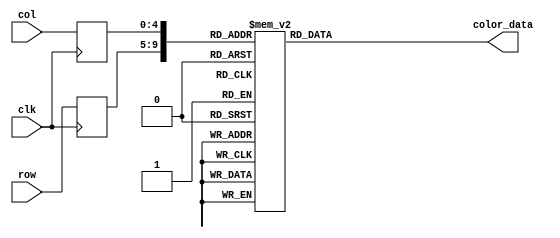
module closedgate_rom
	(
		input wire clk,
		input wire [4:0] row,
		input wire [4:0] col,
		output reg [11:0] color_data
	);

	(* rom_style = "block" *)

	//signal declaration
	reg [4:0] row_reg;
	reg [4:0] col_reg;

	always @(posedge clk)
		begin
		row_reg <= row;
		col_reg <= col;
		end

	always @*
	case ({row_reg, col_reg})
		10'b0000000000: color_data = 12'b000011111111;
		10'b0000000001: color_data = 12'b000011111111;
		10'b0000000010: color_data = 12'b000011111111;
		10'b0000000011: color_data = 12'b000011111111;
		10'b0000000100: color_data = 12'b000011111111;
		10'b0000000101: color_data = 12'b000011111111;
		10'b0000000110: color_data = 12'b000011111111;
		10'b0000000111: color_data = 12'b000011111111;
		10'b0000001000: color_data = 12'b000000000000;
		10'b0000001001: color_data = 12'b000000000000;
		10'b0000001010: color_data = 12'b000000000000;
		10'b0000001011: color_data = 12'b000000000000;
		10'b0000001100: color_data = 12'b000000000000;
		10'b0000001101: color_data = 12'b000000000000;
		10'b0000001110: color_data = 12'b000011111111;
		10'b0000001111: color_data = 12'b000011111111;
		10'b0000010000: color_data = 12'b000011111111;
		10'b0000010001: color_data = 12'b000011111111;
		10'b0000010010: color_data = 12'b000011111111;
		10'b0000010011: color_data = 12'b000011111111;
		10'b0000010100: color_data = 12'b000011111111;
		10'b0000010101: color_data = 12'b000011111111;
		10'b0000100000: color_data = 12'b000011111111;
		10'b0000100001: color_data = 12'b000011111111;
		10'b0000100010: color_data = 12'b000011111111;
		10'b0000100011: color_data = 12'b000011111111;
		10'b0000100100: color_data = 12'b000011111111;
		10'b0000100101: color_data = 12'b000011111111;
		10'b0000100110: color_data = 12'b000000000000;
		10'b0000100111: color_data = 12'b000000000000;
		10'b0000101000: color_data = 12'b000000000000;
		10'b0000101001: color_data = 12'b111111111111;
		10'b0000101010: color_data = 12'b111111111111;
		10'b0000101011: color_data = 12'b111111111111;
		10'b0000101100: color_data = 12'b111111111111;
		10'b0000101101: color_data = 12'b000000000000;
		10'b0000101110: color_data = 12'b000000000000;
		10'b0000101111: color_data = 12'b000000000000;
		10'b0000110000: color_data = 12'b000011111111;
		10'b0000110001: color_data = 12'b000011111111;
		10'b0000110010: color_data = 12'b000011111111;
		10'b0000110011: color_data = 12'b000011111111;
		10'b0000110100: color_data = 12'b000011111111;
		10'b0000110101: color_data = 12'b000011111111;
		10'b0001000000: color_data = 12'b000011111111;
		10'b0001000001: color_data = 12'b000011111111;
		10'b0001000010: color_data = 12'b000011111111;
		10'b0001000011: color_data = 12'b000011111111;
		10'b0001000100: color_data = 12'b000000000000;
		10'b0001000101: color_data = 12'b000000000000;
		10'b0001000110: color_data = 12'b000000000000;
		10'b0001000111: color_data = 12'b111111111111;
		10'b0001001000: color_data = 12'b111111111111;
		10'b0001001001: color_data = 12'b111111111111;
		10'b0001001010: color_data = 12'b111111111111;
		10'b0001001011: color_data = 12'b111111111111;
		10'b0001001100: color_data = 12'b111111111111;
		10'b0001001101: color_data = 12'b111111111111;
		10'b0001001110: color_data = 12'b111111111111;
		10'b0001001111: color_data = 12'b000000000000;
		10'b0001010000: color_data = 12'b000000000000;
		10'b0001010001: color_data = 12'b000000000000;
		10'b0001010010: color_data = 12'b000011111111;
		10'b0001010011: color_data = 12'b000011111111;
		10'b0001010100: color_data = 12'b000011111111;
		10'b0001010101: color_data = 12'b000011111111;
		10'b0001100000: color_data = 12'b000011111111;
		10'b0001100001: color_data = 12'b000011111111;
		10'b0001100010: color_data = 12'b000011111111;
		10'b0001100011: color_data = 12'b000000000000;
		10'b0001100100: color_data = 12'b000000000000;
		10'b0001100101: color_data = 12'b111111111111;
		10'b0001100110: color_data = 12'b111111111111;
		10'b0001100111: color_data = 12'b111111111111;
		10'b0001101000: color_data = 12'b111111111111;
		10'b0001101001: color_data = 12'b000000000000;
		10'b0001101010: color_data = 12'b000000000000;
		10'b0001101011: color_data = 12'b000000000000;
		10'b0001101100: color_data = 12'b000000000000;
		10'b0001101101: color_data = 12'b111111111111;
		10'b0001101110: color_data = 12'b111111111111;
		10'b0001101111: color_data = 12'b111111111111;
		10'b0001110000: color_data = 12'b111111111111;
		10'b0001110001: color_data = 12'b000000000000;
		10'b0001110010: color_data = 12'b000000000000;
		10'b0001110011: color_data = 12'b000011111111;
		10'b0001110100: color_data = 12'b000011111111;
		10'b0001110101: color_data = 12'b000011111111;
		10'b0010000000: color_data = 12'b000011111111;
		10'b0010000001: color_data = 12'b000011111111;
		10'b0010000010: color_data = 12'b000011111111;
		10'b0010000011: color_data = 12'b000000000000;
		10'b0010000100: color_data = 12'b111111111111;
		10'b0010000101: color_data = 12'b111111111111;
		10'b0010000110: color_data = 12'b111111111111;
		10'b0010000111: color_data = 12'b000000000000;
		10'b0010001000: color_data = 12'b000000000000;
		10'b0010001001: color_data = 12'b000000000000;
		10'b0010001010: color_data = 12'b111111111111;
		10'b0010001011: color_data = 12'b111111111111;
		10'b0010001100: color_data = 12'b000000000000;
		10'b0010001101: color_data = 12'b000000000000;
		10'b0010001110: color_data = 12'b000000000000;
		10'b0010001111: color_data = 12'b111111111111;
		10'b0010010000: color_data = 12'b111111111111;
		10'b0010010001: color_data = 12'b111111111111;
		10'b0010010010: color_data = 12'b000000000000;
		10'b0010010011: color_data = 12'b000011111111;
		10'b0010010100: color_data = 12'b000011111111;
		10'b0010010101: color_data = 12'b000011111111;
		10'b0010100000: color_data = 12'b000011111111;
		10'b0010100001: color_data = 12'b000011111111;
		10'b0010100010: color_data = 12'b000000000000;
		10'b0010100011: color_data = 12'b000000000000;
		10'b0010100100: color_data = 12'b111111111111;
		10'b0010100101: color_data = 12'b000000000000;
		10'b0010100110: color_data = 12'b000000000000;
		10'b0010100111: color_data = 12'b000000000000;
		10'b0010101000: color_data = 12'b111111111111;
		10'b0010101001: color_data = 12'b000000000000;
		10'b0010101010: color_data = 12'b111111111111;
		10'b0010101011: color_data = 12'b111111111111;
		10'b0010101100: color_data = 12'b000000000000;
		10'b0010101101: color_data = 12'b111111111111;
		10'b0010101110: color_data = 12'b000000000000;
		10'b0010101111: color_data = 12'b000000000000;
		10'b0010110000: color_data = 12'b000000000000;
		10'b0010110001: color_data = 12'b111111111111;
		10'b0010110010: color_data = 12'b000000000000;
		10'b0010110011: color_data = 12'b000000000000;
		10'b0010110100: color_data = 12'b000011111111;
		10'b0010110101: color_data = 12'b000011111111;
		10'b0011000000: color_data = 12'b000011111111;
		10'b0011000001: color_data = 12'b000011111111;
		10'b0011000010: color_data = 12'b000000000000;
		10'b0011000011: color_data = 12'b111111111111;
		10'b0011000100: color_data = 12'b111111111111;
		10'b0011000101: color_data = 12'b000000000000;
		10'b0011000110: color_data = 12'b000000000000;
		10'b0011000111: color_data = 12'b111111111111;
		10'b0011001000: color_data = 12'b111111111111;
		10'b0011001001: color_data = 12'b000000000000;
		10'b0011001010: color_data = 12'b111111111111;
		10'b0011001011: color_data = 12'b111111111111;
		10'b0011001100: color_data = 12'b000000000000;
		10'b0011001101: color_data = 12'b111111111111;
		10'b0011001110: color_data = 12'b111111111111;
		10'b0011001111: color_data = 12'b000000000000;
		10'b0011010000: color_data = 12'b000000000000;
		10'b0011010001: color_data = 12'b111111111111;
		10'b0011010010: color_data = 12'b111111111111;
		10'b0011010011: color_data = 12'b000000000000;
		10'b0011010100: color_data = 12'b000011111111;
		10'b0011010101: color_data = 12'b000011111111;
		10'b0011100000: color_data = 12'b000011111111;
		10'b0011100001: color_data = 12'b000000000000;
		10'b0011100010: color_data = 12'b000000000000;
		10'b0011100011: color_data = 12'b111111111111;
		10'b0011100100: color_data = 12'b000000000000;
		10'b0011100101: color_data = 12'b000000000000;
		10'b0011100110: color_data = 12'b000000000000;
		10'b0011100111: color_data = 12'b111111111111;
		10'b0011101000: color_data = 12'b111111111111;
		10'b0011101001: color_data = 12'b000000000000;
		10'b0011101010: color_data = 12'b111111111111;
		10'b0011101011: color_data = 12'b111111111111;
		10'b0011101100: color_data = 12'b000000000000;
		10'b0011101101: color_data = 12'b111111111111;
		10'b0011101110: color_data = 12'b111111111111;
		10'b0011101111: color_data = 12'b000000000000;
		10'b0011110000: color_data = 12'b000000000000;
		10'b0011110001: color_data = 12'b000000000000;
		10'b0011110010: color_data = 12'b111111111111;
		10'b0011110011: color_data = 12'b000000000000;
		10'b0011110100: color_data = 12'b000000000000;
		10'b0011110101: color_data = 12'b000011111111;
		10'b0100000000: color_data = 12'b000011111111;
		10'b0100000001: color_data = 12'b000000000000;
		10'b0100000010: color_data = 12'b111111111111;
		10'b0100000011: color_data = 12'b000000000000;
		10'b0100000100: color_data = 12'b000000000000;
		10'b0100000101: color_data = 12'b111111111111;
		10'b0100000110: color_data = 12'b000000000000;
		10'b0100000111: color_data = 12'b111111111111;
		10'b0100001000: color_data = 12'b111111111111;
		10'b0100001001: color_data = 12'b000000000000;
		10'b0100001010: color_data = 12'b111111111111;
		10'b0100001011: color_data = 12'b111111111111;
		10'b0100001100: color_data = 12'b000000000000;
		10'b0100001101: color_data = 12'b111111111111;
		10'b0100001110: color_data = 12'b111111111111;
		10'b0100001111: color_data = 12'b000000000000;
		10'b0100010000: color_data = 12'b111111111111;
		10'b0100010001: color_data = 12'b000000000000;
		10'b0100010010: color_data = 12'b000000000000;
		10'b0100010011: color_data = 12'b111111111111;
		10'b0100010100: color_data = 12'b000000000000;
		10'b0100010101: color_data = 12'b000011111111;
		10'b0100100000: color_data = 12'b000011111111;
		10'b0100100001: color_data = 12'b000000000000;
		10'b0100100010: color_data = 12'b111111111111;
		10'b0100100011: color_data = 12'b000000000000;
		10'b0100100100: color_data = 12'b111111111111;
		10'b0100100101: color_data = 12'b111111111111;
		10'b0100100110: color_data = 12'b000000000000;
		10'b0100100111: color_data = 12'b111111111111;
		10'b0100101000: color_data = 12'b111111111111;
		10'b0100101001: color_data = 12'b000000000000;
		10'b0100101010: color_data = 12'b111111111111;
		10'b0100101011: color_data = 12'b111111111111;
		10'b0100101100: color_data = 12'b000000000000;
		10'b0100101101: color_data = 12'b111111111111;
		10'b0100101110: color_data = 12'b111111111111;
		10'b0100101111: color_data = 12'b000000000000;
		10'b0100110000: color_data = 12'b111111111111;
		10'b0100110001: color_data = 12'b111111111111;
		10'b0100110010: color_data = 12'b000000000000;
		10'b0100110011: color_data = 12'b111111111111;
		10'b0100110100: color_data = 12'b000000000000;
		10'b0100110101: color_data = 12'b000011111111;
		10'b0101000000: color_data = 12'b000011111111;
		10'b0101000001: color_data = 12'b000000000000;
		10'b0101000010: color_data = 12'b111111111111;
		10'b0101000011: color_data = 12'b000000000000;
		10'b0101000100: color_data = 12'b111111111111;
		10'b0101000101: color_data = 12'b111111111111;
		10'b0101000110: color_data = 12'b000000000000;
		10'b0101000111: color_data = 12'b111111111111;
		10'b0101001000: color_data = 12'b111111111111;
		10'b0101001001: color_data = 12'b000000000000;
		10'b0101001010: color_data = 12'b111111111111;
		10'b0101001011: color_data = 12'b111111111111;
		10'b0101001100: color_data = 12'b000000000000;
		10'b0101001101: color_data = 12'b111111111111;
		10'b0101001110: color_data = 12'b111111111111;
		10'b0101001111: color_data = 12'b000000000000;
		10'b0101010000: color_data = 12'b111111111111;
		10'b0101010001: color_data = 12'b111111111111;
		10'b0101010010: color_data = 12'b000000000000;
		10'b0101010011: color_data = 12'b111111111111;
		10'b0101010100: color_data = 12'b000000000000;
		10'b0101010101: color_data = 12'b000011111111;
		10'b0101100000: color_data = 12'b000000000000;
		10'b0101100001: color_data = 12'b000000000000;
		10'b0101100010: color_data = 12'b111111111111;
		10'b0101100011: color_data = 12'b000000000000;
		10'b0101100100: color_data = 12'b000000000000;
		10'b0101100101: color_data = 12'b000000000000;
		10'b0101100110: color_data = 12'b000000000000;
		10'b0101100111: color_data = 12'b000000000000;
		10'b0101101000: color_data = 12'b000000000000;
		10'b0101101001: color_data = 12'b000000000000;
		10'b0101101010: color_data = 12'b000000000000;
		10'b0101101011: color_data = 12'b000000000000;
		10'b0101101100: color_data = 12'b000000000000;
		10'b0101101101: color_data = 12'b000000000000;
		10'b0101101110: color_data = 12'b000000000000;
		10'b0101101111: color_data = 12'b000000000000;
		10'b0101110000: color_data = 12'b000000000000;
		10'b0101110001: color_data = 12'b000000000000;
		10'b0101110010: color_data = 12'b000000000000;
		10'b0101110011: color_data = 12'b111111111111;
		10'b0101110100: color_data = 12'b000000000000;
		10'b0101110101: color_data = 12'b000000000000;
		10'b0110000000: color_data = 12'b000000000000;
		10'b0110000001: color_data = 12'b111111111111;
		10'b0110000010: color_data = 12'b111111111111;
		10'b0110000011: color_data = 12'b000000000000;
		10'b0110000100: color_data = 12'b111111111111;
		10'b0110000101: color_data = 12'b111111111111;
		10'b0110000110: color_data = 12'b111111111111;
		10'b0110000111: color_data = 12'b111111111111;
		10'b0110001000: color_data = 12'b111111111111;
		10'b0110001001: color_data = 12'b111111111111;
		10'b0110001010: color_data = 12'b111111111111;
		10'b0110001011: color_data = 12'b111111111111;
		10'b0110001100: color_data = 12'b111111111111;
		10'b0110001101: color_data = 12'b111111111111;
		10'b0110001110: color_data = 12'b111111111111;
		10'b0110001111: color_data = 12'b111111111111;
		10'b0110010000: color_data = 12'b111111111111;
		10'b0110010001: color_data = 12'b111111111111;
		10'b0110010010: color_data = 12'b000000000000;
		10'b0110010011: color_data = 12'b111111111111;
		10'b0110010100: color_data = 12'b111111111111;
		10'b0110010101: color_data = 12'b000000000000;
		10'b0110100000: color_data = 12'b000000000000;
		10'b0110100001: color_data = 12'b111111111111;
		10'b0110100010: color_data = 12'b111111111111;
		10'b0110100011: color_data = 12'b000000000000;
		10'b0110100100: color_data = 12'b111111111111;
		10'b0110100101: color_data = 12'b111111111111;
		10'b0110100110: color_data = 12'b111111111111;
		10'b0110100111: color_data = 12'b111111111111;
		10'b0110101000: color_data = 12'b111111111111;
		10'b0110101001: color_data = 12'b111111111111;
		10'b0110101010: color_data = 12'b111111111111;
		10'b0110101011: color_data = 12'b111111111111;
		10'b0110101100: color_data = 12'b111111111111;
		10'b0110101101: color_data = 12'b111111111111;
		10'b0110101110: color_data = 12'b111111111111;
		10'b0110101111: color_data = 12'b111111111111;
		10'b0110110000: color_data = 12'b111111111111;
		10'b0110110001: color_data = 12'b111111111111;
		10'b0110110010: color_data = 12'b000000000000;
		10'b0110110011: color_data = 12'b111111111111;
		10'b0110110100: color_data = 12'b111111111111;
		10'b0110110101: color_data = 12'b000000000000;
		10'b0111000000: color_data = 12'b000000000000;
		10'b0111000001: color_data = 12'b000000000000;
		10'b0111000010: color_data = 12'b111111111111;
		10'b0111000011: color_data = 12'b000000000000;
		10'b0111000100: color_data = 12'b000000000000;
		10'b0111000101: color_data = 12'b000000000000;
		10'b0111000110: color_data = 12'b000000000000;
		10'b0111000111: color_data = 12'b000000000000;
		10'b0111001000: color_data = 12'b000000000000;
		10'b0111001001: color_data = 12'b000000000000;
		10'b0111001010: color_data = 12'b000000000000;
		10'b0111001011: color_data = 12'b000000000000;
		10'b0111001100: color_data = 12'b000000000000;
		10'b0111001101: color_data = 12'b000000000000;
		10'b0111001110: color_data = 12'b000000000000;
		10'b0111001111: color_data = 12'b000000000000;
		10'b0111010000: color_data = 12'b000000000000;
		10'b0111010001: color_data = 12'b000000000000;
		10'b0111010010: color_data = 12'b000000000000;
		10'b0111010011: color_data = 12'b111111111111;
		10'b0111010100: color_data = 12'b000000000000;
		10'b0111010101: color_data = 12'b000000000000;
		10'b0111100000: color_data = 12'b000011111111;
		10'b0111100001: color_data = 12'b000000000000;
		10'b0111100010: color_data = 12'b111111111111;
		10'b0111100011: color_data = 12'b000000000000;
		10'b0111100100: color_data = 12'b111111111111;
		10'b0111100101: color_data = 12'b111111111111;
		10'b0111100110: color_data = 12'b000000000000;
		10'b0111100111: color_data = 12'b111111111111;
		10'b0111101000: color_data = 12'b111111111111;
		10'b0111101001: color_data = 12'b000000000000;
		10'b0111101010: color_data = 12'b111111111111;
		10'b0111101011: color_data = 12'b111111111111;
		10'b0111101100: color_data = 12'b000000000000;
		10'b0111101101: color_data = 12'b111111111111;
		10'b0111101110: color_data = 12'b111111111111;
		10'b0111101111: color_data = 12'b000000000000;
		10'b0111110000: color_data = 12'b111111111111;
		10'b0111110001: color_data = 12'b111111111111;
		10'b0111110010: color_data = 12'b000000000000;
		10'b0111110011: color_data = 12'b111111111111;
		10'b0111110100: color_data = 12'b000000000000;
		10'b0111110101: color_data = 12'b000011111111;
		10'b1000000000: color_data = 12'b000011111111;
		10'b1000000001: color_data = 12'b000000000000;
		10'b1000000010: color_data = 12'b111111111111;
		10'b1000000011: color_data = 12'b000000000000;
		10'b1000000100: color_data = 12'b111111111111;
		10'b1000000101: color_data = 12'b111111111111;
		10'b1000000110: color_data = 12'b000000000000;
		10'b1000000111: color_data = 12'b111111111111;
		10'b1000001000: color_data = 12'b111111111111;
		10'b1000001001: color_data = 12'b000000000000;
		10'b1000001010: color_data = 12'b111111111111;
		10'b1000001011: color_data = 12'b111111111111;
		10'b1000001100: color_data = 12'b000000000000;
		10'b1000001101: color_data = 12'b111111111111;
		10'b1000001110: color_data = 12'b111111111111;
		10'b1000001111: color_data = 12'b000000000000;
		10'b1000010000: color_data = 12'b111111111111;
		10'b1000010001: color_data = 12'b111111111111;
		10'b1000010010: color_data = 12'b000000000000;
		10'b1000010011: color_data = 12'b111111111111;
		10'b1000010100: color_data = 12'b000000000000;
		10'b1000010101: color_data = 12'b000011111111;
		10'b1000100000: color_data = 12'b000011111111;
		10'b1000100001: color_data = 12'b000000000000;
		10'b1000100010: color_data = 12'b111111111111;
		10'b1000100011: color_data = 12'b000000000000;
		10'b1000100100: color_data = 12'b111111111111;
		10'b1000100101: color_data = 12'b111111111111;
		10'b1000100110: color_data = 12'b000000000000;
		10'b1000100111: color_data = 12'b111111111111;
		10'b1000101000: color_data = 12'b111111111111;
		10'b1000101001: color_data = 12'b000000000000;
		10'b1000101010: color_data = 12'b111111111111;
		10'b1000101011: color_data = 12'b111111111111;
		10'b1000101100: color_data = 12'b000000000000;
		10'b1000101101: color_data = 12'b111111111111;
		10'b1000101110: color_data = 12'b111111111111;
		10'b1000101111: color_data = 12'b000000000000;
		10'b1000110000: color_data = 12'b111111111111;
		10'b1000110001: color_data = 12'b111111111111;
		10'b1000110010: color_data = 12'b000000000000;
		10'b1000110011: color_data = 12'b111111111111;
		10'b1000110100: color_data = 12'b000000000000;
		10'b1000110101: color_data = 12'b000011111111;
		10'b1001000000: color_data = 12'b000011111111;
		10'b1001000001: color_data = 12'b000000000000;
		10'b1001000010: color_data = 12'b111111111111;
		10'b1001000011: color_data = 12'b000000000000;
		10'b1001000100: color_data = 12'b111111111111;
		10'b1001000101: color_data = 12'b111111111111;
		10'b1001000110: color_data = 12'b000000000000;
		10'b1001000111: color_data = 12'b111111111111;
		10'b1001001000: color_data = 12'b111111111111;
		10'b1001001001: color_data = 12'b000000000000;
		10'b1001001010: color_data = 12'b111111111111;
		10'b1001001011: color_data = 12'b111111111111;
		10'b1001001100: color_data = 12'b000000000000;
		10'b1001001101: color_data = 12'b111111111111;
		10'b1001001110: color_data = 12'b111111111111;
		10'b1001001111: color_data = 12'b000000000000;
		10'b1001010000: color_data = 12'b111111111111;
		10'b1001010001: color_data = 12'b111111111111;
		10'b1001010010: color_data = 12'b000000000000;
		10'b1001010011: color_data = 12'b111111111111;
		10'b1001010100: color_data = 12'b000000000000;
		10'b1001010101: color_data = 12'b000011111111;
		10'b1001100000: color_data = 12'b000011111111;
		10'b1001100001: color_data = 12'b000000000000;
		10'b1001100010: color_data = 12'b111111111111;
		10'b1001100011: color_data = 12'b000000000000;
		10'b1001100100: color_data = 12'b111111111111;
		10'b1001100101: color_data = 12'b111111111111;
		10'b1001100110: color_data = 12'b000000000000;
		10'b1001100111: color_data = 12'b111111111111;
		10'b1001101000: color_data = 12'b111111111111;
		10'b1001101001: color_data = 12'b000000000000;
		10'b1001101010: color_data = 12'b111111111111;
		10'b1001101011: color_data = 12'b111111111111;
		10'b1001101100: color_data = 12'b000000000000;
		10'b1001101101: color_data = 12'b111111111111;
		10'b1001101110: color_data = 12'b111111111111;
		10'b1001101111: color_data = 12'b000000000000;
		10'b1001110000: color_data = 12'b111111111111;
		10'b1001110001: color_data = 12'b111111111111;
		10'b1001110010: color_data = 12'b000000000000;
		10'b1001110011: color_data = 12'b111111111111;
		10'b1001110100: color_data = 12'b000000000000;
		10'b1001110101: color_data = 12'b000011111111;
		10'b1010000000: color_data = 12'b000011111111;
		10'b1010000001: color_data = 12'b000000000000;
		10'b1010000010: color_data = 12'b111111111111;
		10'b1010000011: color_data = 12'b000000000000;
		10'b1010000100: color_data = 12'b111111111111;
		10'b1010000101: color_data = 12'b111111111111;
		10'b1010000110: color_data = 12'b000000000000;
		10'b1010000111: color_data = 12'b111111111111;
		10'b1010001000: color_data = 12'b111111111111;
		10'b1010001001: color_data = 12'b000000000000;
		10'b1010001010: color_data = 12'b111111111111;
		10'b1010001011: color_data = 12'b111111111111;
		10'b1010001100: color_data = 12'b000000000000;
		10'b1010001101: color_data = 12'b111111111111;
		10'b1010001110: color_data = 12'b111111111111;
		10'b1010001111: color_data = 12'b000000000000;
		10'b1010010000: color_data = 12'b111111111111;
		10'b1010010001: color_data = 12'b111111111111;
		10'b1010010010: color_data = 12'b000000000000;
		10'b1010010011: color_data = 12'b111111111111;
		10'b1010010100: color_data = 12'b000000000000;
		10'b1010010101: color_data = 12'b000011111111;
		10'b1010100000: color_data = 12'b000011111111;
		10'b1010100001: color_data = 12'b000000000000;
		10'b1010100010: color_data = 12'b111111111111;
		10'b1010100011: color_data = 12'b000000000000;
		10'b1010100100: color_data = 12'b111111111111;
		10'b1010100101: color_data = 12'b111111111111;
		10'b1010100110: color_data = 12'b000000000000;
		10'b1010100111: color_data = 12'b111111111111;
		10'b1010101000: color_data = 12'b111111111111;
		10'b1010101001: color_data = 12'b000000000000;
		10'b1010101010: color_data = 12'b111111111111;
		10'b1010101011: color_data = 12'b111111111111;
		10'b1010101100: color_data = 12'b000000000000;
		10'b1010101101: color_data = 12'b111111111111;
		10'b1010101110: color_data = 12'b111111111111;
		10'b1010101111: color_data = 12'b000000000000;
		10'b1010110000: color_data = 12'b111111111111;
		10'b1010110001: color_data = 12'b111111111111;
		10'b1010110010: color_data = 12'b000000000000;
		10'b1010110011: color_data = 12'b111111111111;
		10'b1010110100: color_data = 12'b000000000000;
		10'b1010110101: color_data = 12'b000011111111;
		10'b1011000000: color_data = 12'b000011111111;
		10'b1011000001: color_data = 12'b000000000000;
		10'b1011000010: color_data = 12'b111111111111;
		10'b1011000011: color_data = 12'b000000000000;
		10'b1011000100: color_data = 12'b111111111111;
		10'b1011000101: color_data = 12'b111111111111;
		10'b1011000110: color_data = 12'b000000000000;
		10'b1011000111: color_data = 12'b111111111111;
		10'b1011001000: color_data = 12'b111111111111;
		10'b1011001001: color_data = 12'b000000000000;
		10'b1011001010: color_data = 12'b111111111111;
		10'b1011001011: color_data = 12'b111111111111;
		10'b1011001100: color_data = 12'b000000000000;
		10'b1011001101: color_data = 12'b111111111111;
		10'b1011001110: color_data = 12'b111111111111;
		10'b1011001111: color_data = 12'b000000000000;
		10'b1011010000: color_data = 12'b111111111111;
		10'b1011010001: color_data = 12'b111111111111;
		10'b1011010010: color_data = 12'b000000000000;
		10'b1011010011: color_data = 12'b111111111111;
		10'b1011010100: color_data = 12'b000000000000;
		10'b1011010101: color_data = 12'b000011111111;
		10'b1011100000: color_data = 12'b000011111111;
		10'b1011100001: color_data = 12'b000000000000;
		10'b1011100010: color_data = 12'b111111111111;
		10'b1011100011: color_data = 12'b000000000000;
		10'b1011100100: color_data = 12'b111111111111;
		10'b1011100101: color_data = 12'b111111111111;
		10'b1011100110: color_data = 12'b000000000000;
		10'b1011100111: color_data = 12'b111111111111;
		10'b1011101000: color_data = 12'b111111111111;
		10'b1011101001: color_data = 12'b000000000000;
		10'b1011101010: color_data = 12'b111111111111;
		10'b1011101011: color_data = 12'b111111111111;
		10'b1011101100: color_data = 12'b000000000000;
		10'b1011101101: color_data = 12'b111111111111;
		10'b1011101110: color_data = 12'b111111111111;
		10'b1011101111: color_data = 12'b000000000000;
		10'b1011110000: color_data = 12'b111111111111;
		10'b1011110001: color_data = 12'b111111111111;
		10'b1011110010: color_data = 12'b000000000000;
		10'b1011110011: color_data = 12'b111111111111;
		10'b1011110100: color_data = 12'b000000000000;
		10'b1011110101: color_data = 12'b000011111111;
		10'b1100000000: color_data = 12'b000000000000;
		10'b1100000001: color_data = 12'b000000000000;
		10'b1100000010: color_data = 12'b111111111111;
		10'b1100000011: color_data = 12'b000000000000;
		10'b1100000100: color_data = 12'b000000000000;
		10'b1100000101: color_data = 12'b000000000000;
		10'b1100000110: color_data = 12'b000000000000;
		10'b1100000111: color_data = 12'b000000000000;
		10'b1100001000: color_data = 12'b000000000000;
		10'b1100001001: color_data = 12'b000000000000;
		10'b1100001010: color_data = 12'b000000000000;
		10'b1100001011: color_data = 12'b000000000000;
		10'b1100001100: color_data = 12'b000000000000;
		10'b1100001101: color_data = 12'b000000000000;
		10'b1100001110: color_data = 12'b000000000000;
		10'b1100001111: color_data = 12'b000000000000;
		10'b1100010000: color_data = 12'b000000000000;
		10'b1100010001: color_data = 12'b000000000000;
		10'b1100010010: color_data = 12'b000000000000;
		10'b1100010011: color_data = 12'b111111111111;
		10'b1100010100: color_data = 12'b000000000000;
		10'b1100010101: color_data = 12'b000000000000;
		10'b1100100000: color_data = 12'b000000000000;
		10'b1100100001: color_data = 12'b111111111111;
		10'b1100100010: color_data = 12'b111111111111;
		10'b1100100011: color_data = 12'b000000000000;
		10'b1100100100: color_data = 12'b111111111111;
		10'b1100100101: color_data = 12'b111111111111;
		10'b1100100110: color_data = 12'b111111111111;
		10'b1100100111: color_data = 12'b111111111111;
		10'b1100101000: color_data = 12'b111111111111;
		10'b1100101001: color_data = 12'b111111111111;
		10'b1100101010: color_data = 12'b111111111111;
		10'b1100101011: color_data = 12'b111111111111;
		10'b1100101100: color_data = 12'b111111111111;
		10'b1100101101: color_data = 12'b111111111111;
		10'b1100101110: color_data = 12'b111111111111;
		10'b1100101111: color_data = 12'b111111111111;
		10'b1100110000: color_data = 12'b111111111111;
		10'b1100110001: color_data = 12'b111111111111;
		10'b1100110010: color_data = 12'b000000000000;
		10'b1100110011: color_data = 12'b111111111111;
		10'b1100110100: color_data = 12'b111111111111;
		10'b1100110101: color_data = 12'b000000000000;
		10'b1101000000: color_data = 12'b000000000000;
		10'b1101000001: color_data = 12'b000000000000;
		10'b1101000010: color_data = 12'b111111111111;
		10'b1101000011: color_data = 12'b000000000000;
		10'b1101000100: color_data = 12'b000000000000;
		10'b1101000101: color_data = 12'b000000000000;
		10'b1101000110: color_data = 12'b000000000000;
		10'b1101000111: color_data = 12'b000000000000;
		10'b1101001000: color_data = 12'b000000000000;
		10'b1101001001: color_data = 12'b000000000000;
		10'b1101001010: color_data = 12'b000000000000;
		10'b1101001011: color_data = 12'b000000000000;
		10'b1101001100: color_data = 12'b000000000000;
		10'b1101001101: color_data = 12'b000000000000;
		10'b1101001110: color_data = 12'b000000000000;
		10'b1101001111: color_data = 12'b000000000000;
		10'b1101010000: color_data = 12'b000000000000;
		10'b1101010001: color_data = 12'b000000000000;
		10'b1101010010: color_data = 12'b000000000000;
		10'b1101010011: color_data = 12'b111111111111;
		10'b1101010100: color_data = 12'b000000000000;
		10'b1101010101: color_data = 12'b000000000000;
		10'b1101100000: color_data = 12'b000011111111;
		10'b1101100001: color_data = 12'b000000000000;
		10'b1101100010: color_data = 12'b111111111111;
		10'b1101100011: color_data = 12'b000000000000;
		10'b1101100100: color_data = 12'b111111111111;
		10'b1101100101: color_data = 12'b111111111111;
		10'b1101100110: color_data = 12'b000000000000;
		10'b1101100111: color_data = 12'b111111111111;
		10'b1101101000: color_data = 12'b111111111111;
		10'b1101101001: color_data = 12'b000000000000;
		10'b1101101010: color_data = 12'b111111111111;
		10'b1101101011: color_data = 12'b111111111111;
		10'b1101101100: color_data = 12'b000000000000;
		10'b1101101101: color_data = 12'b111111111111;
		10'b1101101110: color_data = 12'b111111111111;
		10'b1101101111: color_data = 12'b000000000000;
		10'b1101110000: color_data = 12'b111111111111;
		10'b1101110001: color_data = 12'b111111111111;
		10'b1101110010: color_data = 12'b000000000000;
		10'b1101110011: color_data = 12'b111111111111;
		10'b1101110100: color_data = 12'b000000000000;
		10'b1101110101: color_data = 12'b000011111111;
		10'b1110000000: color_data = 12'b000011111111;
		10'b1110000001: color_data = 12'b000000000000;
		10'b1110000010: color_data = 12'b111111111111;
		10'b1110000011: color_data = 12'b000000000000;
		10'b1110000100: color_data = 12'b111111111111;
		10'b1110000101: color_data = 12'b111111111111;
		10'b1110000110: color_data = 12'b000000000000;
		10'b1110000111: color_data = 12'b111111111111;
		10'b1110001000: color_data = 12'b111111111111;
		10'b1110001001: color_data = 12'b000000000000;
		10'b1110001010: color_data = 12'b111111111111;
		10'b1110001011: color_data = 12'b111111111111;
		10'b1110001100: color_data = 12'b000000000000;
		10'b1110001101: color_data = 12'b111111111111;
		10'b1110001110: color_data = 12'b111111111111;
		10'b1110001111: color_data = 12'b000000000000;
		10'b1110010000: color_data = 12'b111111111111;
		10'b1110010001: color_data = 12'b111111111111;
		10'b1110010010: color_data = 12'b000000000000;
		10'b1110010011: color_data = 12'b111111111111;
		10'b1110010100: color_data = 12'b000000000000;
		10'b1110010101: color_data = 12'b000011111111;
		10'b1110100000: color_data = 12'b000011111111;
		10'b1110100001: color_data = 12'b000000000000;
		10'b1110100010: color_data = 12'b111111111111;
		10'b1110100011: color_data = 12'b000000000000;
		10'b1110100100: color_data = 12'b111111111111;
		10'b1110100101: color_data = 12'b111111111111;
		10'b1110100110: color_data = 12'b000000000000;
		10'b1110100111: color_data = 12'b111111111111;
		10'b1110101000: color_data = 12'b111111111111;
		10'b1110101001: color_data = 12'b000000000000;
		10'b1110101010: color_data = 12'b111111111111;
		10'b1110101011: color_data = 12'b111111111111;
		10'b1110101100: color_data = 12'b000000000000;
		10'b1110101101: color_data = 12'b111111111111;
		10'b1110101110: color_data = 12'b111111111111;
		10'b1110101111: color_data = 12'b000000000000;
		10'b1110110000: color_data = 12'b111111111111;
		10'b1110110001: color_data = 12'b111111111111;
		10'b1110110010: color_data = 12'b000000000000;
		10'b1110110011: color_data = 12'b111111111111;
		10'b1110110100: color_data = 12'b000000000000;
		10'b1110110101: color_data = 12'b000011111111;
		10'b1111000000: color_data = 12'b000011111111;
		10'b1111000001: color_data = 12'b000000000000;
		10'b1111000010: color_data = 12'b000000000000;
		10'b1111000011: color_data = 12'b000000000000;
		10'b1111000100: color_data = 12'b000000000000;
		10'b1111000101: color_data = 12'b000000000000;
		10'b1111000110: color_data = 12'b000000000000;
		10'b1111000111: color_data = 12'b000000000000;
		10'b1111001000: color_data = 12'b000000000000;
		10'b1111001001: color_data = 12'b000000000000;
		10'b1111001010: color_data = 12'b000000000000;
		10'b1111001011: color_data = 12'b000000000000;
		10'b1111001100: color_data = 12'b000000000000;
		10'b1111001101: color_data = 12'b000000000000;
		10'b1111001110: color_data = 12'b000000000000;
		10'b1111001111: color_data = 12'b000000000000;
		10'b1111010000: color_data = 12'b000000000000;
		10'b1111010001: color_data = 12'b000000000000;
		10'b1111010010: color_data = 12'b000000000000;
		10'b1111010011: color_data = 12'b000000000000;
		10'b1111010100: color_data = 12'b000000000000;
		10'b1111010101: color_data = 12'b000011111111;
		default: color_data = 12'b000000000000;
	endcase
endmodule